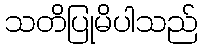
သတိပြုမိပါသည်